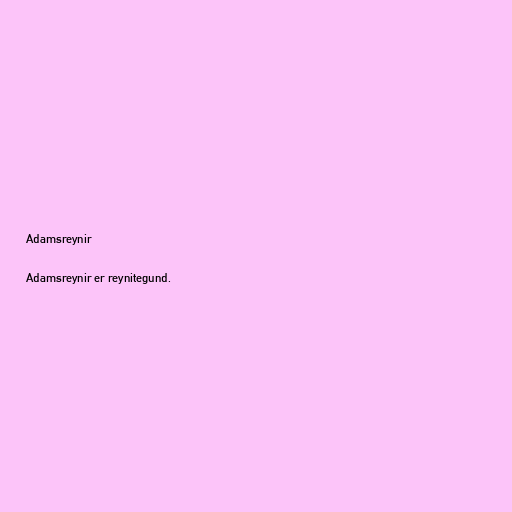
Adamsreynir

Adamsreynir er reynitegund.